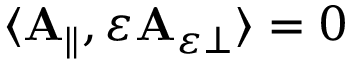
\begin{array} { r } { \langle \mathbf { A } _ { \parallel } , \varepsilon \mathbf { A } _ { \varepsilon \perp } \rangle = 0 } \end{array}